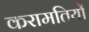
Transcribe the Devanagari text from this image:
करामतियों